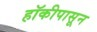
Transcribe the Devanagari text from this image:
हॉकीपासून